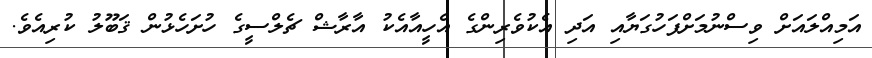
އަމިއްލައަށް ވިސްނުމަށްފަހުގަޔާއި އަދި އެކުވެރިންގެ އެހީއާއެކު އާރާޝް ޗެލްސީގެ ހުށަހެޅުން ޤަބޫލު ކުރިއެވެ.